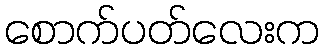
စောက်ပတ်လေးက